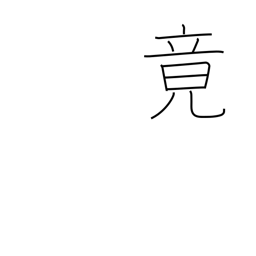
Meaning: finally